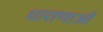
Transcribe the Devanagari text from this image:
धाराणाओं